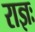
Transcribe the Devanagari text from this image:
राज्ञः